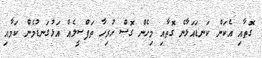
ގޮތާއި އެކަން ކަނޑައަޅާނެ ގޮތާއި މިހެން ގޮސް ހުރިހާ ތަފްސީލެއް އަޅުގަނޑުމެން ކަމާއި